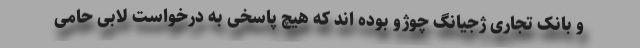
و بانک تجاری ژجیانگ چوژو بوده اند که هیچ پاسخی به درخواست لابی حامی